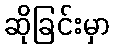
ဆိုခြင်းမှာ